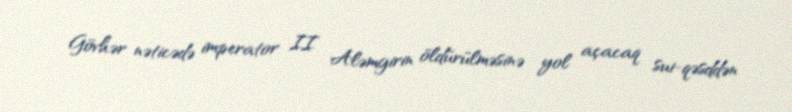
Gövhər nəticədə imperator II Aləmgirin öldürülməsinə yol açacaq sui-qəsddən